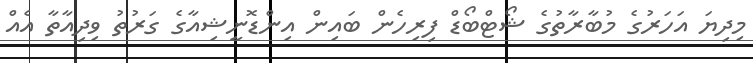
މިދިޔަ އަހަރުގެ މުބާރާތުގެ ޝޯޓްބޯޑް ފިރިހެން ބައިން އިންޑޮނީޝިއާގެ ގަރުތު ވިދިއާތާ އެއް